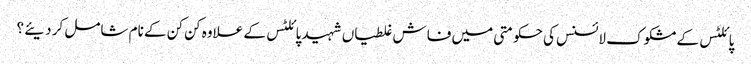
پائلٹس کے مشکوک لائسنس کی حکومتی میں فاش غلطیاں شہید پائلٹس کے علاوہ کن کن کے نام شامل کر دیئے ؟